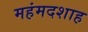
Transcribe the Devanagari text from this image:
महंमदशाह